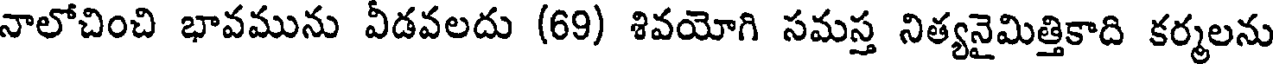
నాలోచించి భావమును వీడవలదు (69) శివయోగి సమస్త నిత్యనైమిత్తికాది కర్మలను